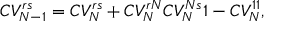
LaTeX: C V _ { N - 1 } ^ { r s } = C V _ { N } ^ { r s } + { C V _ { N } ^ { r N } C V _ { N } ^ { N s } \o 1 - C V _ { N } ^ { 1 1 } } ,